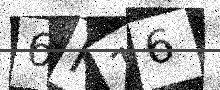
Text: 6K16